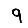
Digit: 9